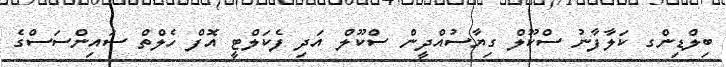
ބިލްޑިންގ ކަލާފާނު ސްކޫލް ގިޔާސުއްދީން ސްކޫލް އަދި ފެކަލްޓީ އޮފް ހެލްތް ސައިންސަސްގެ